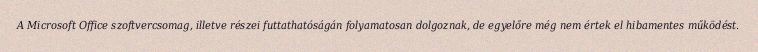
A Microsoft Office szoftvercsomag, illetve részei futtathatóságán folyamatosan dolgoznak, de egyelőre még nem értek el hibamentes működést.